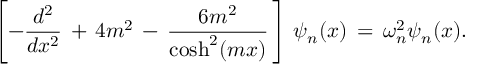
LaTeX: \left[ - \frac { d ^ { 2 } } { d x ^ { 2 } } \, + \, 4 m ^ { 2 } \, - \, \frac { 6 m ^ { 2 } } { \mathrm { c o s h } ^ { 2 } ( m x ) } \, \right] \, \psi _ { n } ( x ) \, = \, \omega _ { n } ^ { 2 } \psi _ { n } ( x ) .